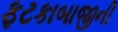
ફટકાબાજીની